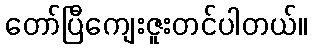
တော်ပြီကျေးဇူးတင်ပါတယ်။